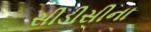
સીડીસીના